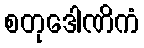
စတုဒေါဏိကံ